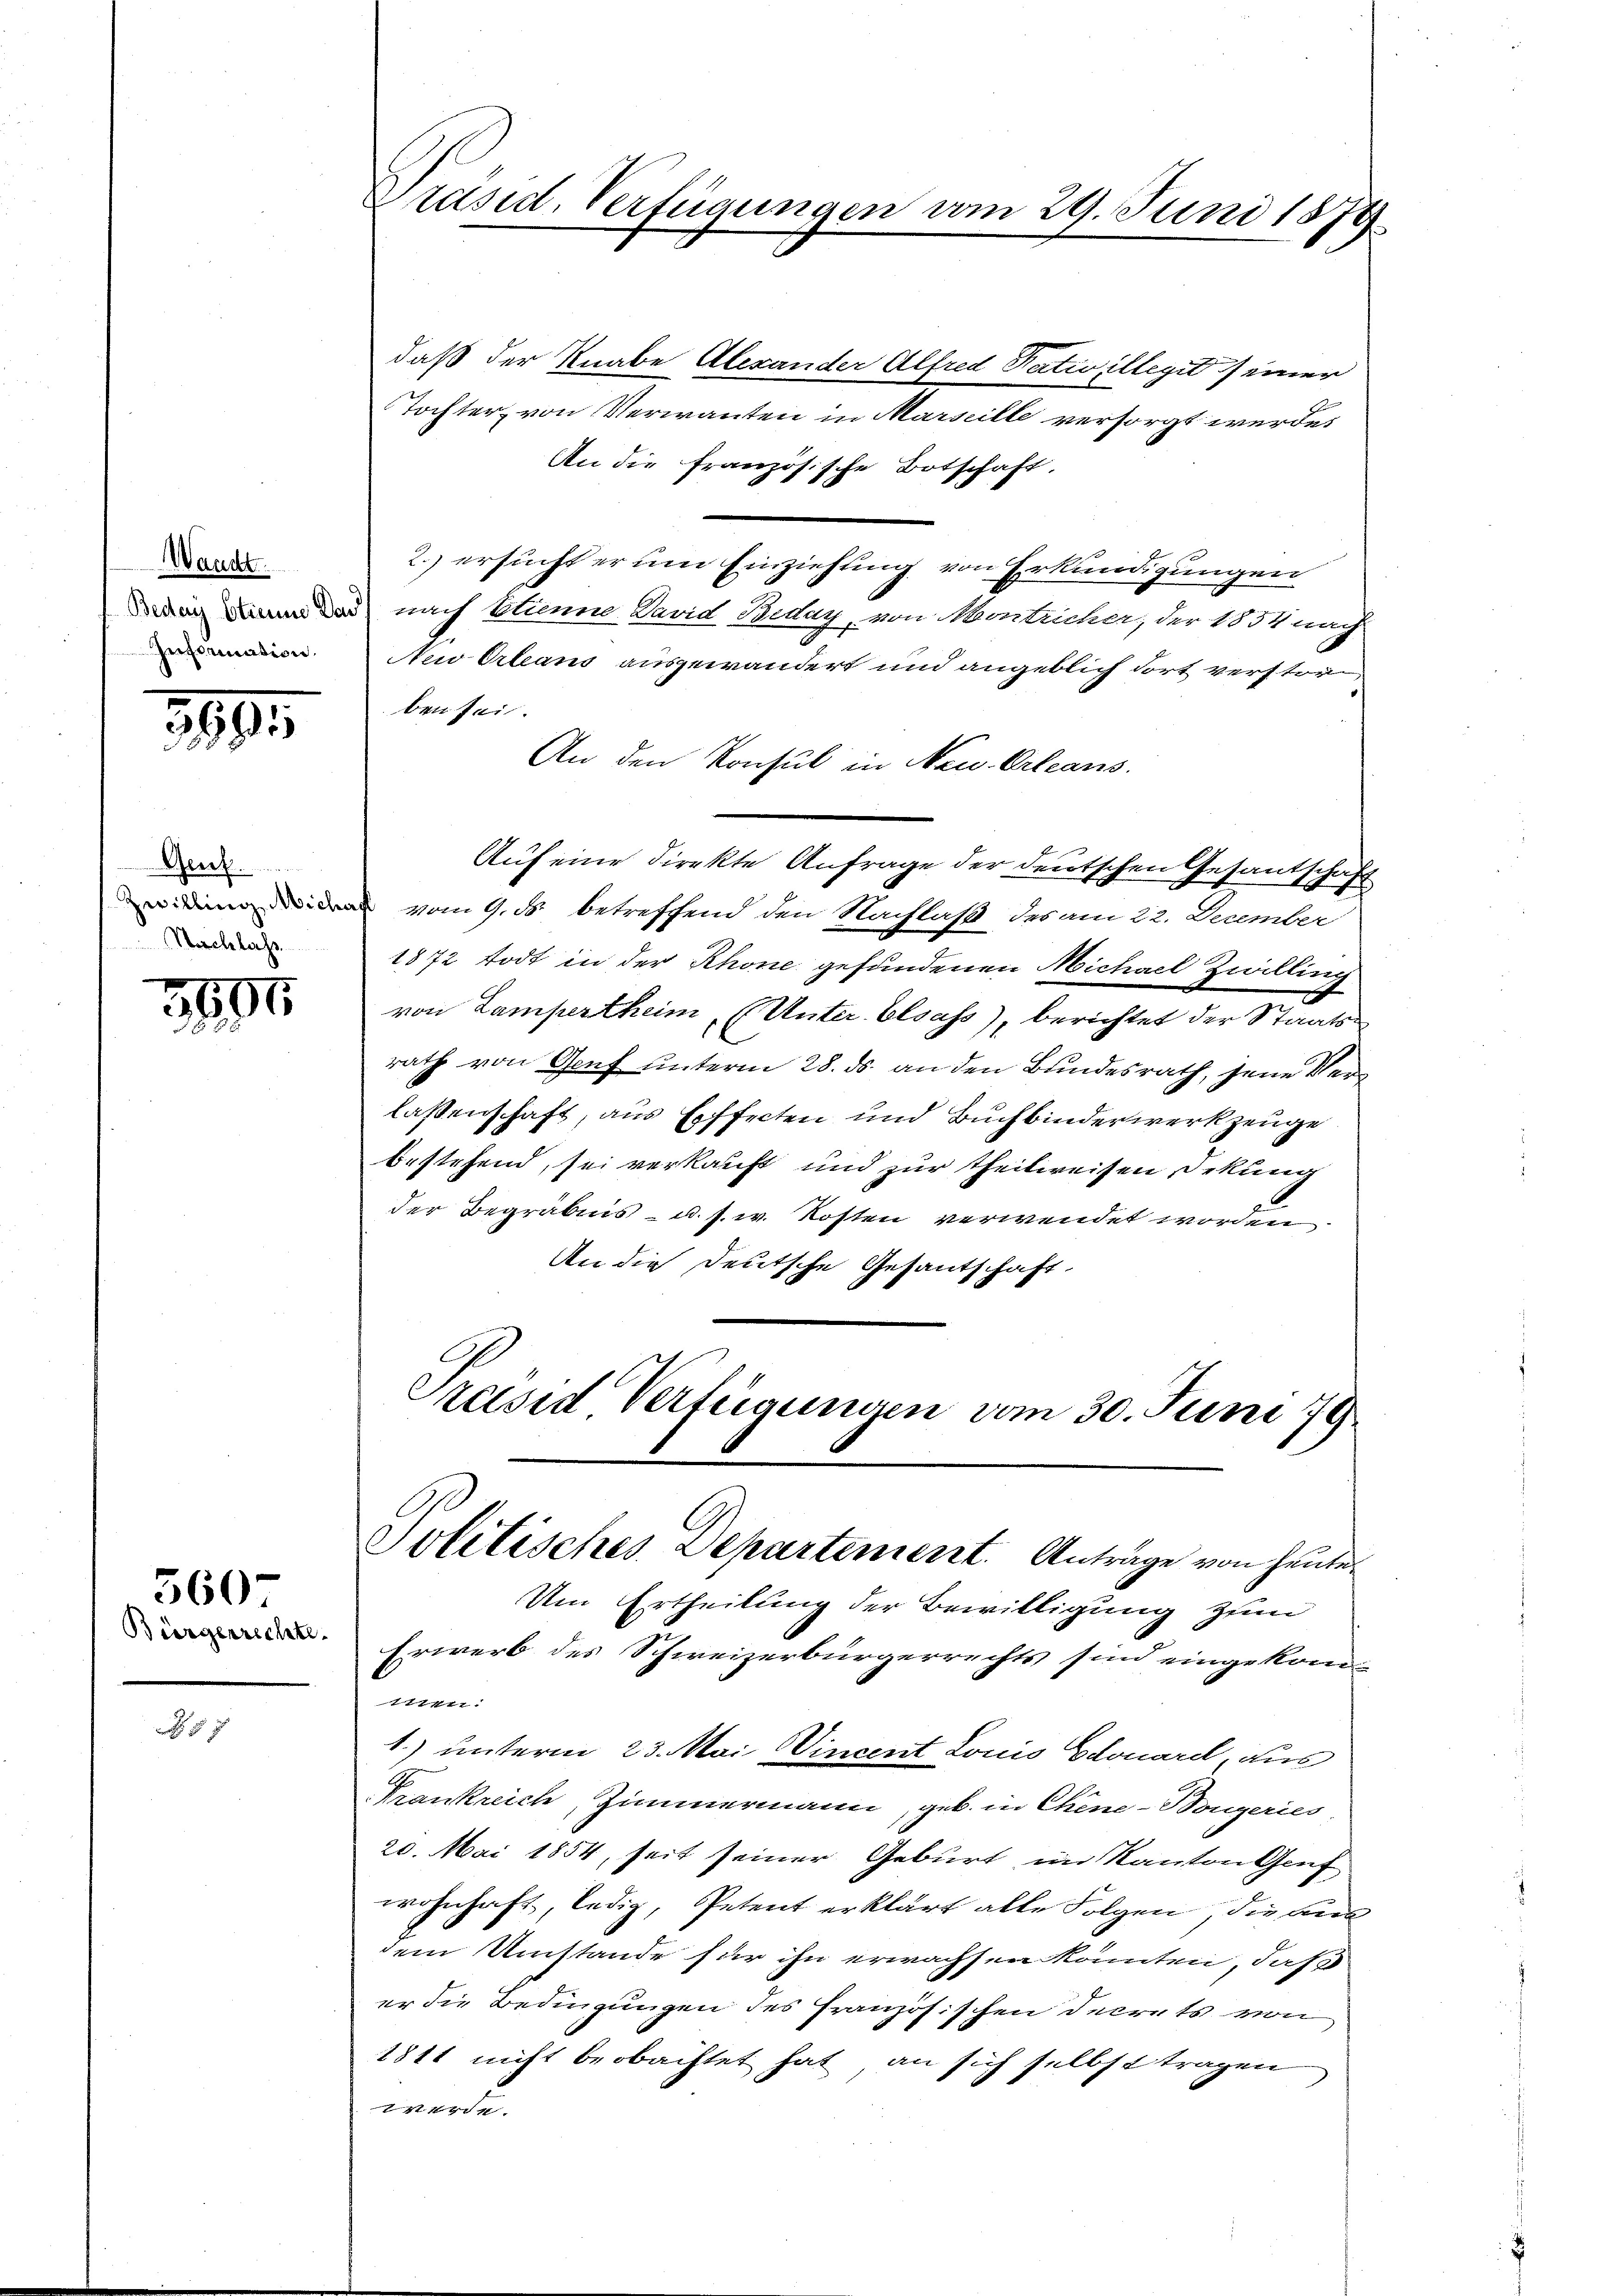
Waadt.
Information.

3895

Gheert.
Zwilling Micho
Nachlass

3194

Bürgerrechte.

560.

7

Präsid. Verfügungen vom 29. Juni 1879

Politisches Departement. Anträge von heute¬

daß der Knabe Alexander Alfred Satis illegit seiner
Tochter, von Verwanten in Marseille versorgt werde.
An die französische Botschaft.
2.) ersucht er um Einziehung von Erkundigungen
en in das nach Etienne. David Beday, von Montricher, der 1851 nach
Nuo Orleans ausgewandert und angeblich dort verstor
ben sei.
An den Konsul in Neu-Orleans
Auf eine direkte Anfrage der deutschen Gesandschaft
 vom 9. ds betreffend den Nachlaß des am 22. December
1872 todt in der Rhone gefundenen Michael Zwilling
von Lampertheim, (Unter. Elsass), berichtet der Staatsrath von Genf unterm 28. ds. an den Bundesrath, jene Verlassenschaft, aus Effecten und Buchbinderwerkzeuge
bestehend, sei verkauft und zur Theilweisen Dekung
der Begräbnis - u. s. w. Kosten verwendet worden
An die Deutsche Gesantschaft.
Präsid Verfügungen vom 30. Juni 179

Um Ertheilung der Bewilligung zum
Erwerb des Schweizerbürgerrechts sind eingekom
mun
1.) unterm 23. Mai Vincent Louis Edouard, aus
Frankreich, Zimmermann, geb. in Chine-Bougeries
20. Mai 1854, seit seiner Geburt im Kanton Genf
wohnhaft, ledig, Petent erklärt alle Folgen, die auc
dem Umstände für ihn erwachsen könnten, daß
er die Bedingungen des französischen Decrets von
1811 nicht beobachtet hat an sich selbst tragen
verde.